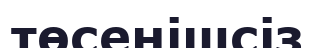
төсенішсіз